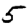
Digit: 5